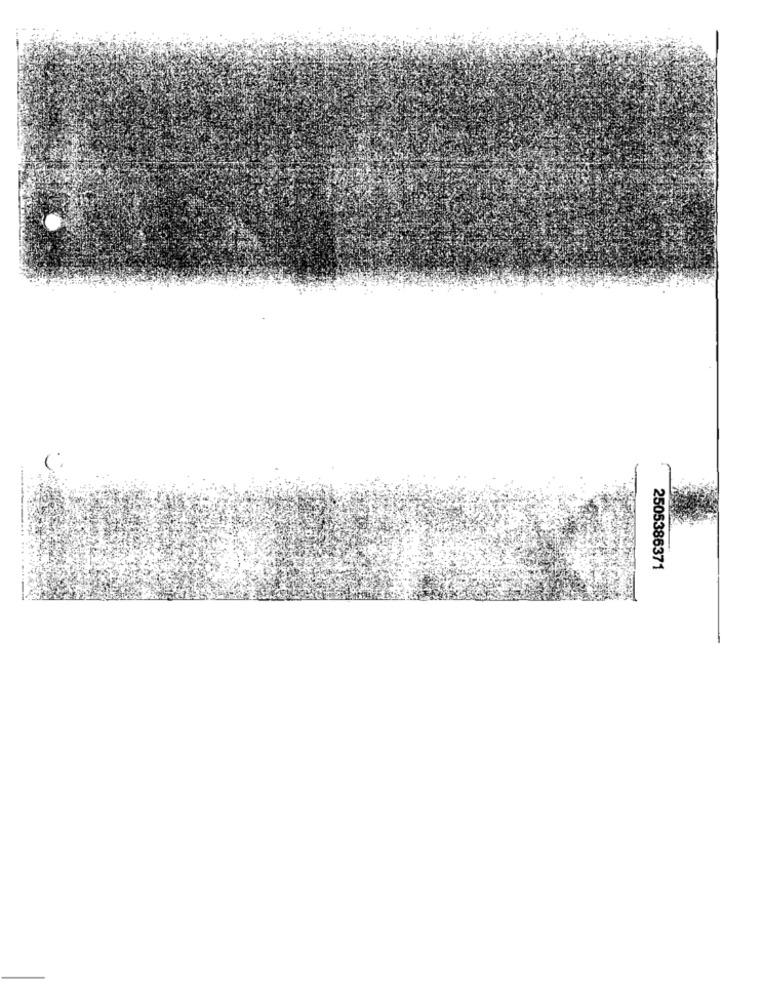
2505386371